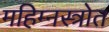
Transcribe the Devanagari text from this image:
महिम्नस्त्रोत